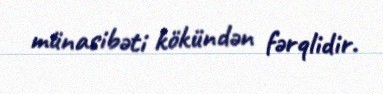
münasibəti kökündən fərqlidir.